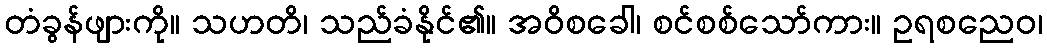
တံခွန်ဖျားကို။ သဟတိ၊ သည်ခံနိုင်၏။ အဝိစခေါ၊ စင်စစ်သော်ကား။ ဥရစညေဝ၊